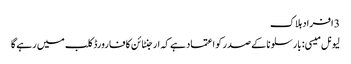
3 افراد ہلاک
لیونل میسی: بارسلونا کے صدر کو اعتماد ہے کہ ارجنٹائن کا فارورڈ کلب میں رہے گا